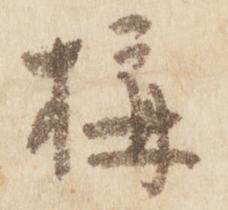
構